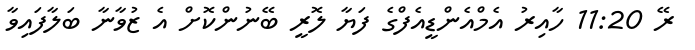
ރޭ 11:20 ހާއިރު އެމްއެންޑީއެފްގެ ފަޔާ ލޮރީ ބޭނުންކޮށް އެ ޒުވާނާ ބަލާފައިވާ